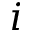
i